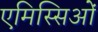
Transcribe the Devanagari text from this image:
एमिस्सिओं